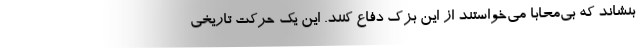
بنشاند که بی‌محابا می‌خواستند از این بزک دفاع کنند. این یک حرکت تاریخی